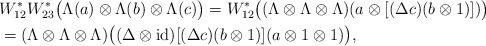
LaTeX: \begin{align*}&W_{12}^*W_{23}^*\bigl(\Lambda(a)\otimes\Lambda(b)\otimes\Lambda(c)\bigr)=W_{12}^*\bigl((\Lambda\otimes\Lambda\otimes\Lambda)(a\otimes[(\Delta c)(b\otimes1)])\bigr) \\&=(\Lambda\otimes\Lambda\otimes\Lambda)\bigl((\Delta\otimes\operatorname{id})[(\Delta c)(b\otimes1)](a\otimes1\otimes1)\bigr),\end{align*}